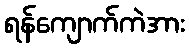
ရန်ကျောက်ကဲအား